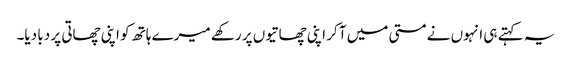
یہ کہتے ہی انہوں نے مستی میں آ کر اپنی چھاتیوں پر رکھے میرے ہاتھ کو اپنی چھاتی پر دبا دیا۔